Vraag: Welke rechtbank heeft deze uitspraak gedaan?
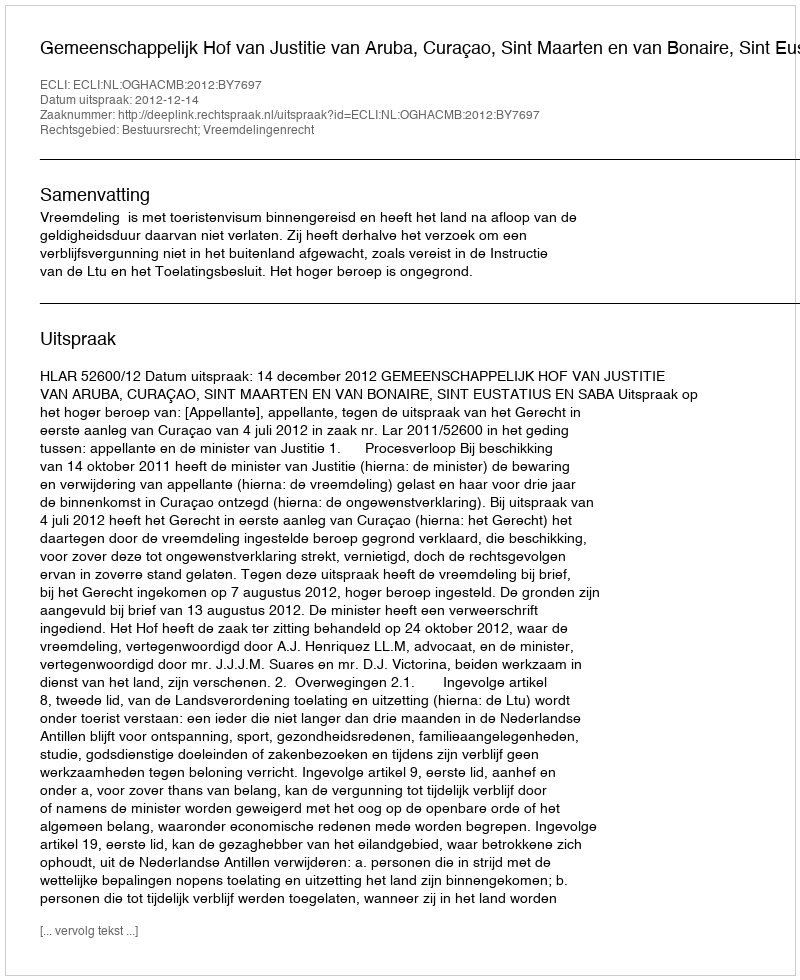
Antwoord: Gemeenschappelijk Hof van Justitie van Aruba, Curaçao, Sint Maarten en van Bonaire, Sint Eustatius en Saba